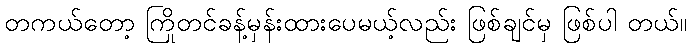
တကယ်တော့ ကြိုတင်ခန့်မှန်းထားပေမယ့်လည်း ဖြစ်ချင်မှ ဖြစ်ပါ တယ်။